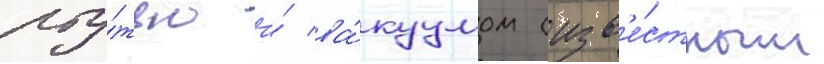
рту́тью и́ ва́куумом (изв'е́стным